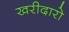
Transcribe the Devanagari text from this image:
खरीदारो